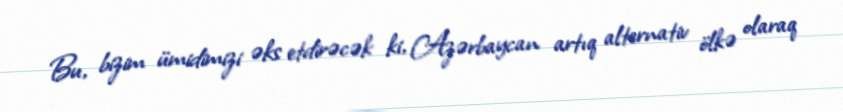
Bu, bizim ümidimizi əks etdirəcək ki, Azərbaycan artıq alternativ ölkə olaraq